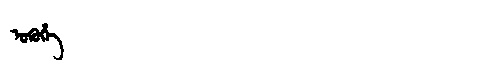
Manchu: ᡠᡴᡠᡥᡝ
Romanization: UKUHE